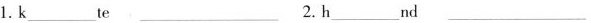
1.k___te___2.h___nd